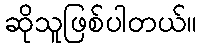
ဆိုသူဖြစ်ပါတယ်။